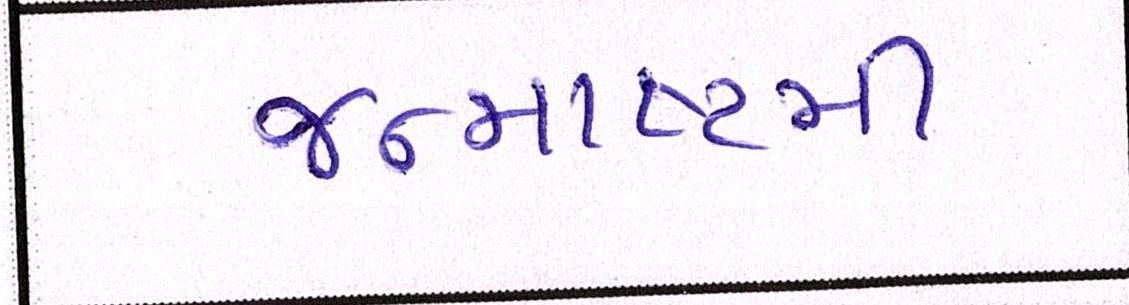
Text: જન્માષ્ટમી